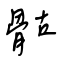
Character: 骷